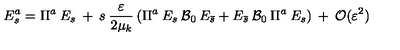
E _ { s } ^ { a } = \Pi ^ { a } \: E _ { s } \: + \: s \: \frac { \varepsilon } { 2 \mu _ { k } } \left( \Pi ^ { a } \: E _ { s } \: { \cal { B } } _ { 0 } \: E _ { \bar { s } } + E _ { \bar { s } } \: { \cal { B } } _ { 0 } \: \Pi ^ { a } \: E _ { s } \right) \: + \: { \cal { O } } ( \varepsilon ^ { 2 } )